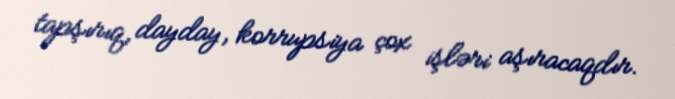
tapşırıq, dayday, korrupsiya çox işləri aşıracaqdır.